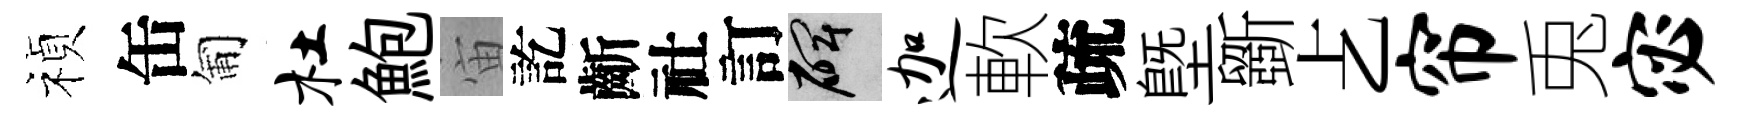
禎缶匍杜鮑宙訖齗社訂碑迦軟疏塈斵𠧒帘兎宓